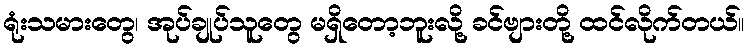
ရုံးသမားတွေ၊ အုပ်ချုပ်သူတွေ မရှိတော့ဘူးလို့ ခင်ဗျားတို့ ထင်လိုက်တယ်။